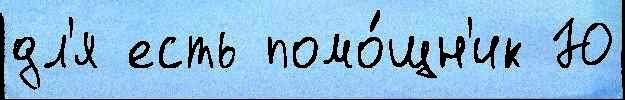
дл'я есть помо́щн'ик Ю